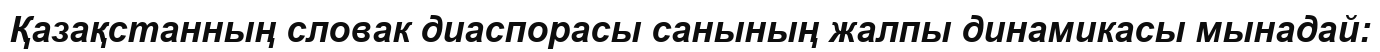
Қазақстанның словак диаспорасы санының жалпы динамикасы мынадай: